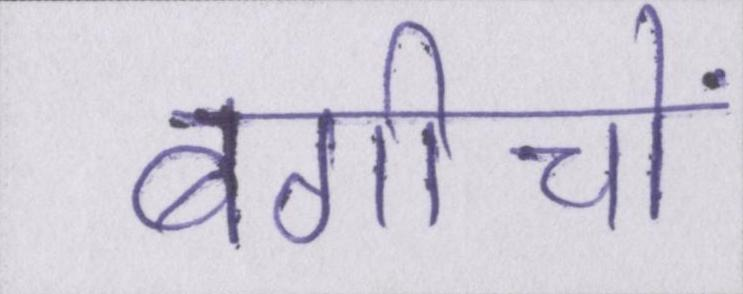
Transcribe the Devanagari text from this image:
बगीचों